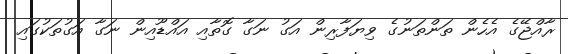
ރާއްޖޭގެ އެހެން ތަންތަނުގެ ވިޔަފާރިން އަގު ނަގާ ގޮތާއި އައްޑޫއިން ނަގާ އަގުތަކުގައި